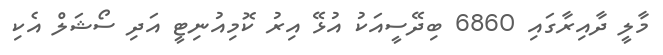
މާލީ ދާއިރާގައި 6860 ބިދޭސީއަކު އުޅޭ އިރު ކޮމިއުނިޓީ އަދި ސޯޝަލް އެކި